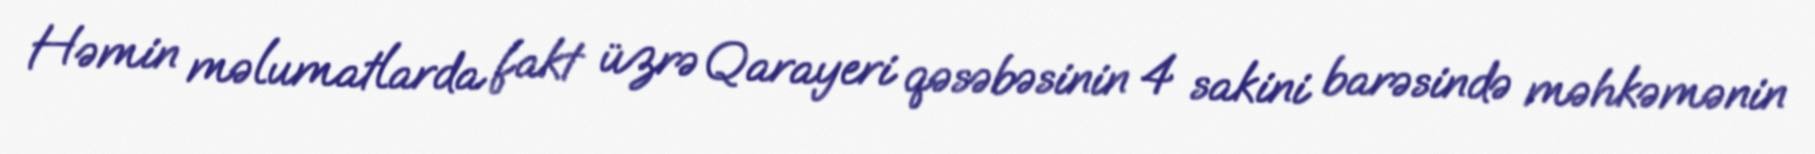
Həmin məlumatlarda fakt üzrə Qarayeri qəsəbəsinin 4 sakini barəsində məhkəmənin